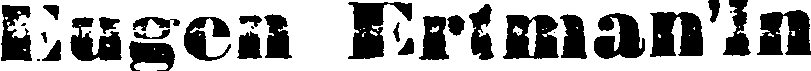
Eugen Ertman'in